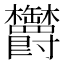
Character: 𣡸